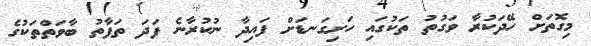
މިގޮތަށް ހޭދަކުރާ ވަގުތު ތަކުގައި ހަށިގަނޑަށް ފައިދާ ނުކުރާނެ ފަދަ ތަފާތު ބާވަތްތަކުގެ